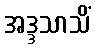
အဒ္ဒသာသိံ